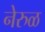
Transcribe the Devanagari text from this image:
नेरुळ